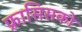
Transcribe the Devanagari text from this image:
फ्रासिसको